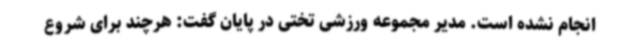
انجام نشده است. مدیر مجموعه ورزشی تختی در پایان گفت: هرچند برای شروع